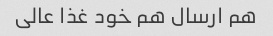
هم ارسال هم خود غذا عالی